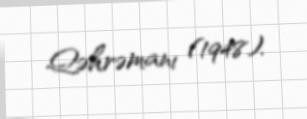
Qəhrəmanı (1948).